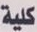
كلية